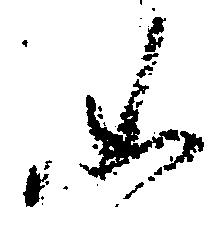
如